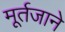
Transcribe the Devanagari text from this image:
मूर्तजाने